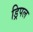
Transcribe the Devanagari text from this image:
ड्रिपल